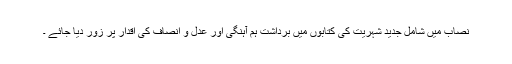
نصاب میں شامل جدید شہریت کی کتابوں میں برداشت ہم آہنگی اور عدل و انصاف کی اقدار پر زور دیا جائے ۔